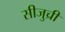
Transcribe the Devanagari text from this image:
सीजुच्री